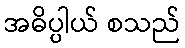
အဓိပ္ပါယ် စသည်